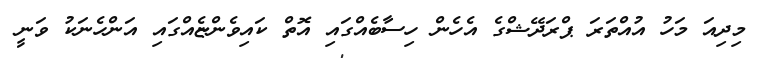
މިދިއަ މަހު އުއްތަރަ ޕްރަދޭޝްގެ އެހެން ހިސާބެއްގައި އޮތް ކައިވެންޏެއްގައި އަންހެނަކު ވަނީ